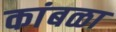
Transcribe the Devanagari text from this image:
कांबळा